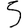
Digit: 5